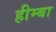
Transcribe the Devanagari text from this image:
हीम्बा